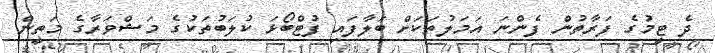
ދެ ޓީމުގެ ފަރާތުން ފެންނަ އަމަލުތަކަށް ބަލާފައި ފުޓްބޯޅަ ކުލަބުތަކުގެ މަޝްވަރާގެ މަތީން